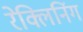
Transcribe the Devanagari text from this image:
रेक्लिनिंग